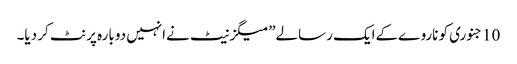
10جنوری کو ناروےکےایک رسالے”میگزنیٹ نےانہیں دوبارہ پرنٹ کر دیا۔